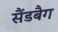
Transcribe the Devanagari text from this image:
सैंडबैग